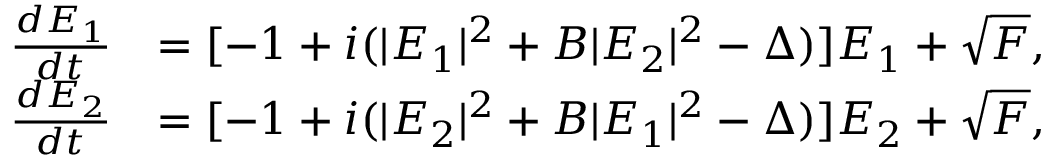
\begin{array} { r l } { \frac { d E _ { 1 } } { d t } } & { = [ - 1 + i ( \vert E _ { 1 } \vert ^ { 2 } + B \vert E _ { 2 } \vert ^ { 2 } - \Delta ) ] E _ { 1 } + \sqrt { F } , } \\ { \frac { d E _ { 2 } } { d t } } & { = [ - 1 + i ( \vert E _ { 2 } \vert ^ { 2 } + B \vert E _ { 1 } \vert ^ { 2 } - \Delta ) ] E _ { 2 } + \sqrt { F } , } \end{array}